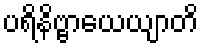
ပရိနိဗ္ဗာယေယျာတိ